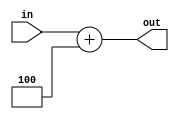
//8
//inputin()
//output:out()

module ADD8(
    input [31:0] in,
    output [31:0] out
    );
    assign out = in + 4;
endmodule